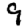
Digit: 9